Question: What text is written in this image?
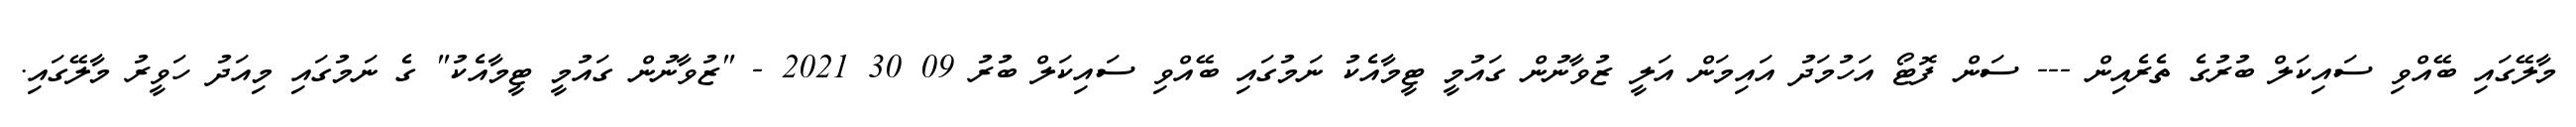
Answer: މާލޭގައި ބޭއްވި ސައިކަލް ބުރުގެ ތެރެއިން --- ސަން ފޮޓޯ އަހުމަދު އައިމަން އަލީ ޒުވާނުން ގައުމީ ޓީމާއެކު ނަމުގައި ބޭއްވި ސައިކަލް ބުރު 09 30 2021 - "ޒުވާނުން ގައުމީ ޓީމާއެކު" ގެ ނަމުގައި މިއަދު ހަވީރު މާލޭގައި.